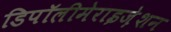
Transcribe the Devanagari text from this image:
डिपॉलीमेराइज़ेशन